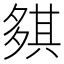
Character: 𡖾